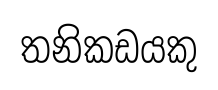
තනිකඩයකු